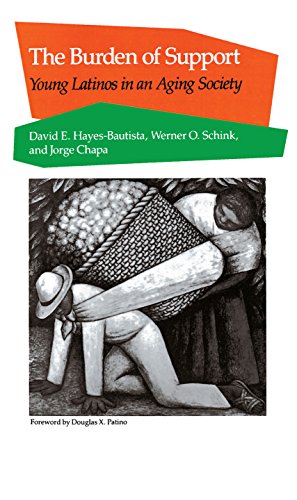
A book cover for The Burden of Support: Young Latinos in an Aging Society; David Hayes-Bautista; Politics & Social Sciences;